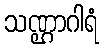
သဏ္ဌာဂါရံ